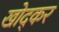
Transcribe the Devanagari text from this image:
खोद्कर